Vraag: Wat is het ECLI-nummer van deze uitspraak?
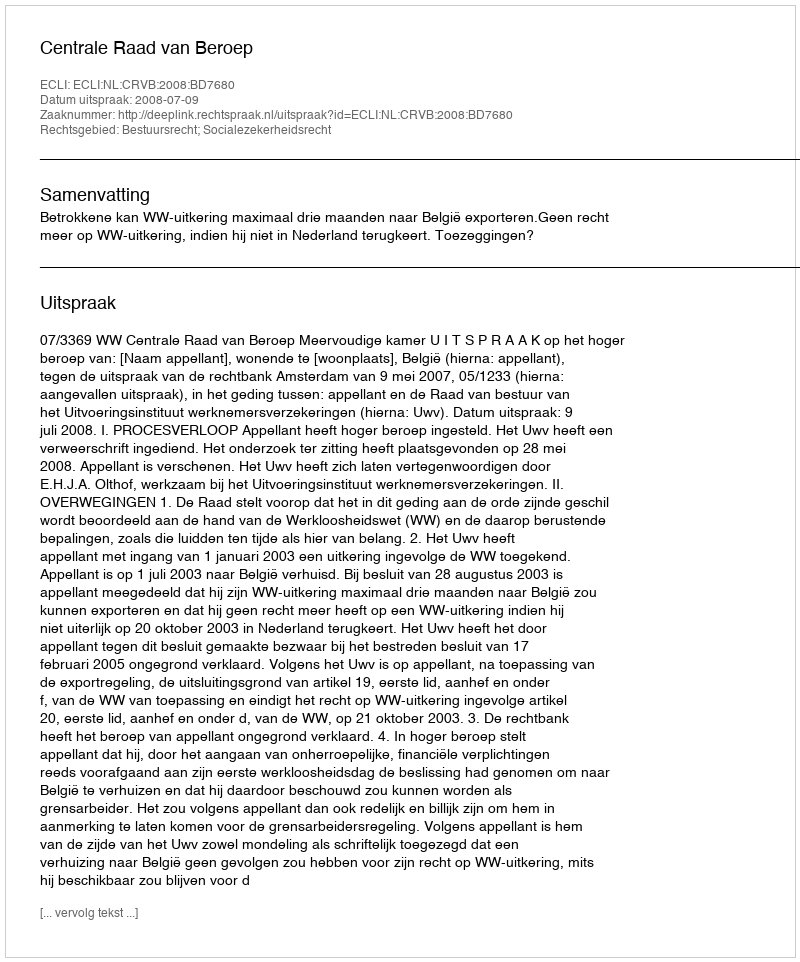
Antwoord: ECLI:NL:CRVB:2008:BD7680